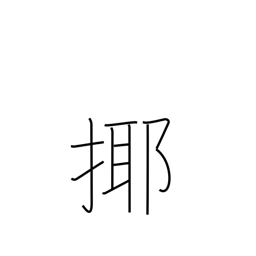
Meaning: play with